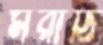
মরাঠি